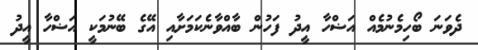
ދެވަނަ ބޯހިމެނުމެއް އަޟްހާ އީދު ފަހުން ބާއްވާނެކަމަށާއި އޭގެ ބޭނުމަކީ އަޟްހާ އީދު